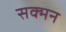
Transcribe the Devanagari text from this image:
सक्मन